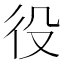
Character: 役